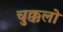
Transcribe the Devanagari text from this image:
चुक्कलो